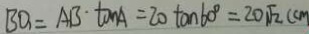
B O _ { 1 } = A B \cdot \tan A = 2 0 \tan 6 0 ^ { \circ } = 2 0 \sqrt { 2 } ( c m